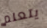
يتعلم